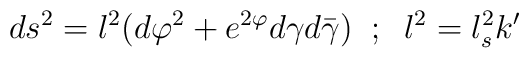
ds^2= l^2(d\varphi^2 + e^{2\varphi}d\gamma d\bar{\gamma})\;\; ; \;\;  l^2 = l_s^2 k^\prime